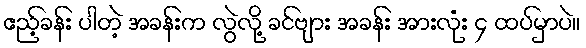
ဧည့်ခန်း ပါတဲ့ အခန်းက လွဲလို့ ခင်ဗျား အခန်း အားလုံး ၄ ထပ်မှာပဲ။